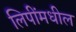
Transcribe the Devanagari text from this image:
लिपींमधील